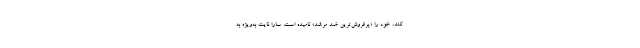
کند، خود را «پرفروش‌ترین ضد مرشد» نامیده است. سارا نایت به‌ویژه به